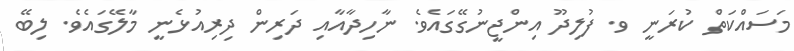
މަސައްކަތް ކުރަނީ ވ. ފުލިދޫ އިންޖީނުގޭގައެވެ. ނާހިދާއާއި ދަރިން ދިރިއުޅެނީ މާލޭގައެވެ. ލިބޭ